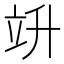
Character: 竔